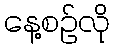
နေ့စဉ်လို